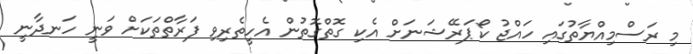
މި ރަސްމިއްޔާތުގައި ހައްޖު ކޯޕަރޭޝަނަށް އެކި ގޮތްގޮތުން އެހީތެރިވި ފަރާތްތަކަށް ވަނީ ހަނދާނީ